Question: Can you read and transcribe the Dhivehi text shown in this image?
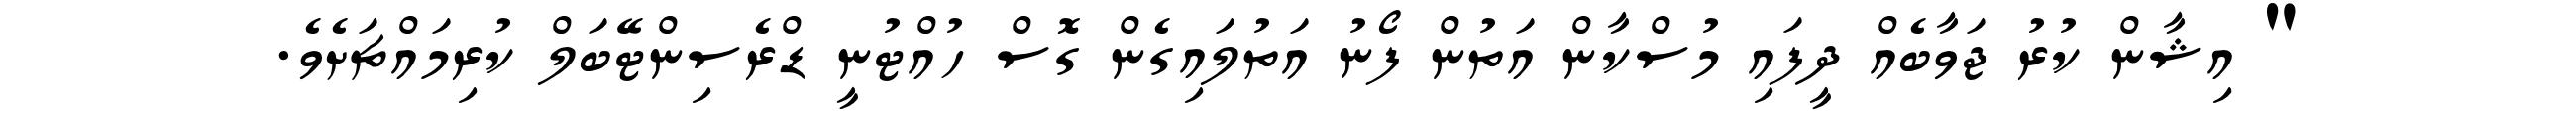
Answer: " އިޝާން ކުރު ޖަވާބެއް ދީފައި މުސްކާން އަތުން ފޯނު އަތުލައިގެން ގޮސް ހުއްޓުނީ ޑްރެސިންޓޭބަލް ކުރިމައްޗަށެވެ.